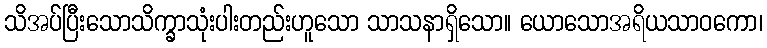
သိအပ်ပြီးသောသိက္ခာသုံးပါးတည်းဟူသော သာသနာရှိသော။ ယောသောအရိယသာဝကော၊